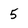
Character: 5